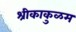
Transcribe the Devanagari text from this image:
श्रीकाकुळम